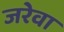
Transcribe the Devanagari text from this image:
जरेवा